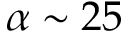
\alpha \sim 2 5